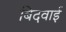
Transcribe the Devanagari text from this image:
बिदवाई